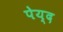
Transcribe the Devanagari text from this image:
पेय्द